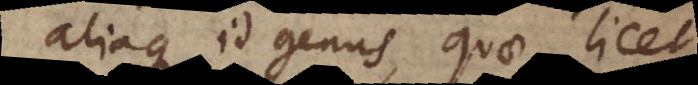
aliaque id genus, quae licet